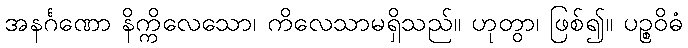
အနင်္ဂဏော နိက္ကိလေသော၊ ကိလေသာမရှိသည်။ ဟုတွာ၊ ဖြစ်၍။ ပဉ္စဝိဓံ